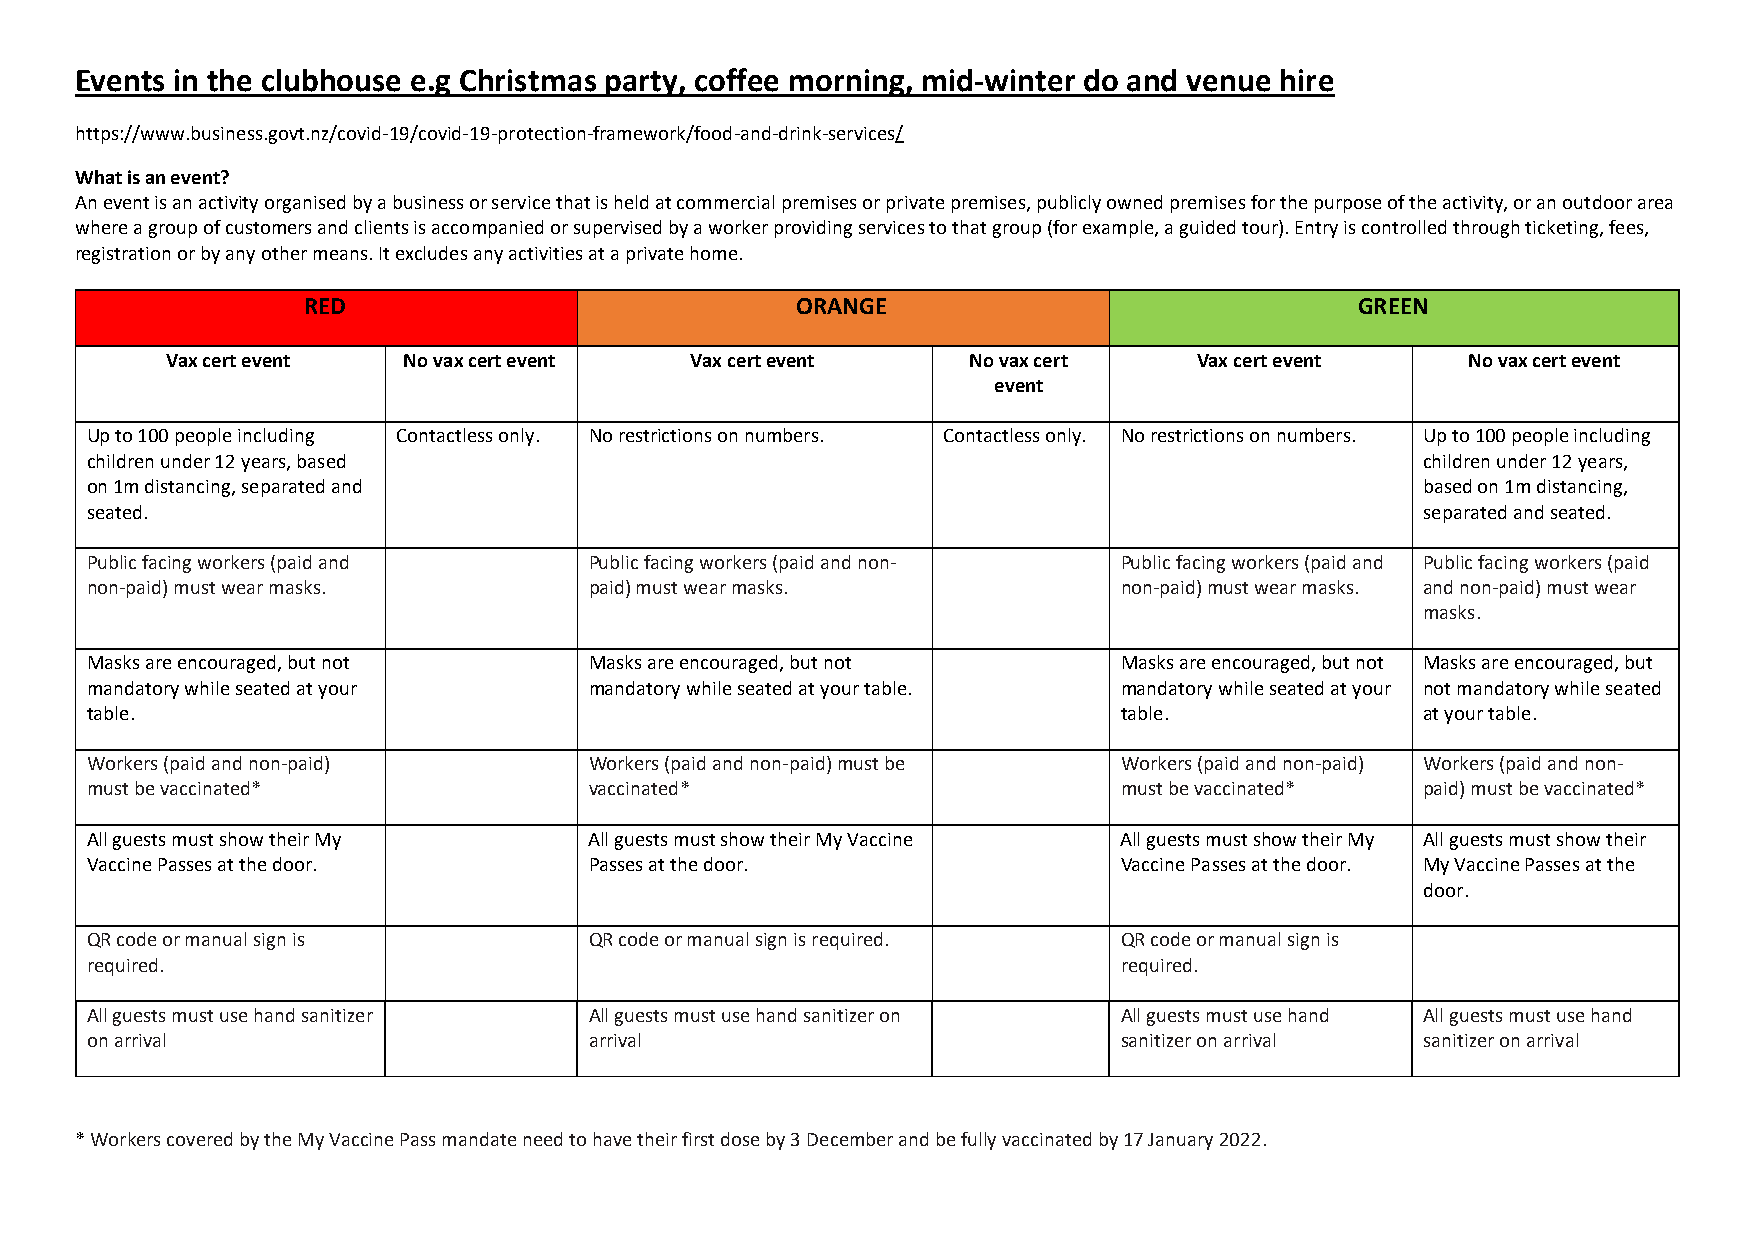
Events in the clubhouse e.g Christmas party, coffee morning, mid-winter do and venue hire
 https://www.business.govt.nz/covid-19/covid-19-protection-framework/food-and-drink-services/
 What is an event?
 An event is an activity organised by a business or service that is held at commercial premises or private premises, publicly owned premises for the purpose of the activity, or an outdoor area
 where a group of customers and clients is accompanied or supervised by a worker providing services to that group (for example, a guided tour). Entry is controlled through ticketing, fees,
 registration or by any other means. It excludes any activities at a private home.
 RED                              ORANGE                               GREEN
 Vax cert event  No vax cert event  Vax cert event    No vax cert    Vax cert event    No vax cert event
 event
 Up to 100 people including Contactless only. No restrictions on numbers. Contactless only. No restrictions on numbers. Up to 100 people including
 children under 12 years, based                                                          children under 12 years,
 on 1m distancing, separated and                                                         based on 1m distancing,
 seated.                                                                                 separated and seated.
 Public facing workers (paid and  Public facing workers (paid and non- Public facing workers (paid and Public facing workers (paid
 non-paid) must wear masks.       paid) must wear masks.             non-paid) must wear masks. and non-paid) must wear
 masks.
 Masks are encouraged, but not    Masks are encouraged, but not      Masks are encouraged, but not Masks are encouraged, but
 mandatory while seated at your   mandatory while seated at your table. mandatory while seated at your not mandatory while seated
 table.                                                              table.              at your table.
 Workers (paid and non-paid)      Workers (paid and non-paid) must be Workers (paid and non-paid) Workers (paid and non-
 must be vaccinated*              vaccinated*                        must be vaccinated* paid) must be vaccinated*
 All guests must show their My    All guests must show their My Vaccine All guests must show their My All guests must show their
 Vaccine Passes at the door.      Passes at the door.                Vaccine Passes at the door. My Vaccine Passes at the
 door.
 QR code or manual sign is        QR code or manual sign is required. QR code or manual sign is
 required.                                                           required.
 All guests must use hand sanitizer All guests must use hand sanitizer on All guests must use hand All guests must use hand
 on arrival                       arrival                            sanitizer on arrival sanitizer on arrival
 * Workers covered by the My Vaccine Pass mandate need to have their first dose by 3 December and be fully vaccinated by 17 January 2022.